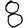
Digit: 8